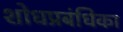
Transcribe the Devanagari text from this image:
शोधप्रबंधिका